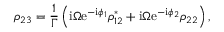
\rho _ { 2 3 } = \frac { 1 } { \Gamma } \left( \mathrm { i } \Omega \mathrm { e } ^ { - \mathrm { i } \phi _ { 1 } } \rho _ { 1 2 } ^ { * } + \mathrm { i } \Omega \mathrm { e } ^ { - \mathrm { i } \phi _ { 2 } } \rho _ { 2 2 } \right) ,